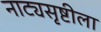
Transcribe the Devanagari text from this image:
नाट्यसृष्टीला